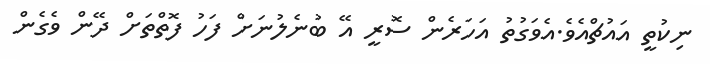
ނިކުތީ އައުޗްއެވެ.އެވަގުތު އަހަރެން ސޮރީ އޭ ބުނެލުނަށް ފަހު ފޮތްތަށް ދޭން ވެގެން